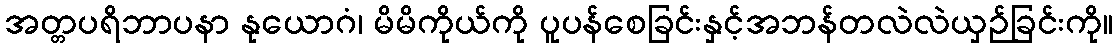
အတ္တပရိဘာပနာ နုယောဂံ၊ မိမိကိုယ်ကို ပူပန်စေခြင်းနှင့်အဘန်တလဲလဲယှဉ်ခြင်းကို။